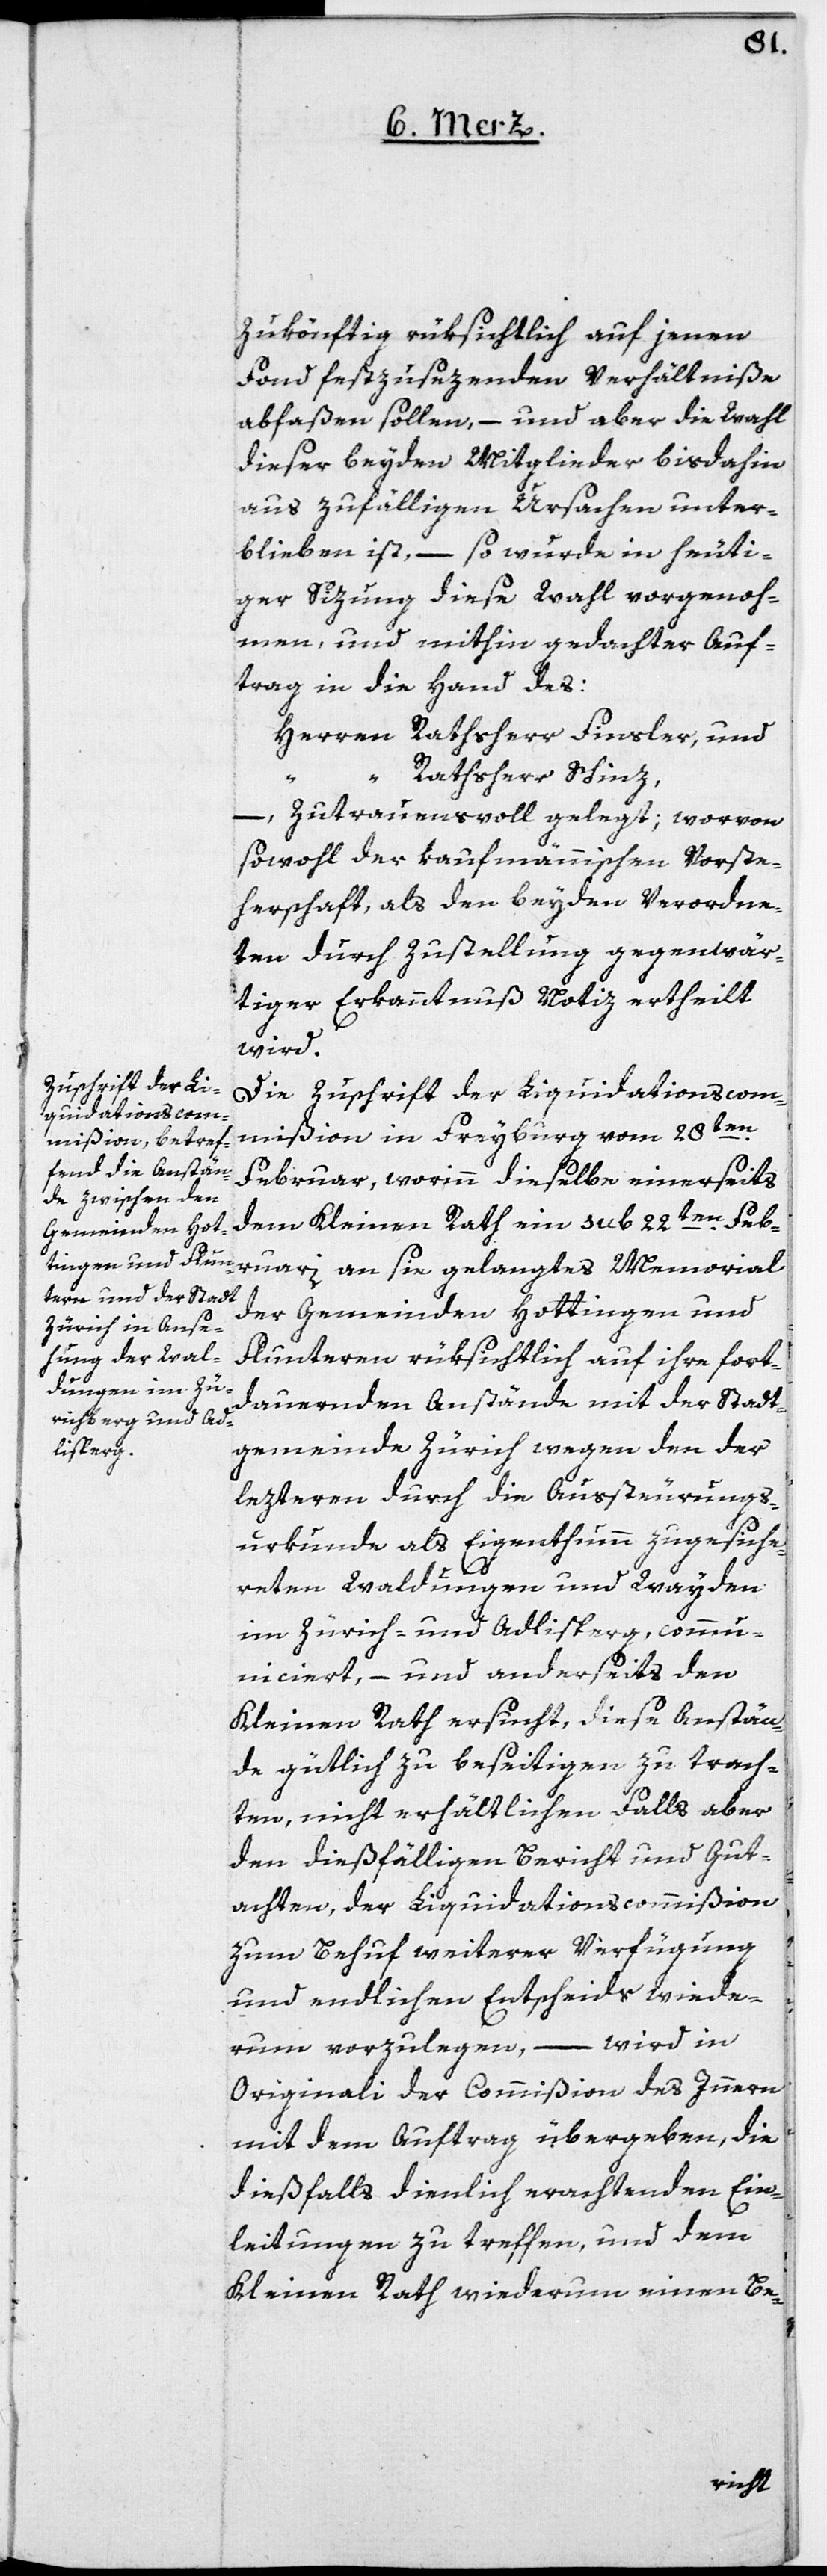
zukönftig rüksichtlich auf jenen
Fonds festzusezenden Verhältniße
abfaßen sollen, – und aber die Wahl
dieser beyden Mitglieder bisdahin
aus zufälligen Ursachen unter¬
blieben ist, – so wurde in heuti¬
ger Sizung diese Wahl vorgenom¬
men, und mithin gedachter Auf¬
trag in die Hand des:
Herren Rathsherr Finsler, und
Rathsherr Schinz
– zutrauensvoll gelegt; worvon
sowohl der kaufmännischen Vorste¬
herschaft als den beyden Verordne¬
ten durch Zustellung gegenwär¬
tiger Erkanntnuß Notiz ertheilt
wird.
Die Zuschrift der Liquidationscom¬
mißion in Freyburg vom 28ten
Februar, worinn dieselbe einerseits
dem Kleinen Rath ein sub 22ten Feb¬
ruari an sie gelangtes Memorial
der Gemeinden Hottingen und
Fluntern rüksichtlich auf ihre fort¬
dauernden Anstände mit der Stadt¬
gemeinde Zürich wegen den der
lezteren durch die Aussteurungs¬
urkunde als Eigenthum zugesiche¬
rten Waldungen und Wayden
im Zürich- und Adlisperg, commu¬
niciert, – und anderseits den
Kleinen Rath ersucht, diese Anstän¬
de gütlich zu beseitigen zu trach¬
ten, nicht erhältlichen falls aber
den dießfälligen Bericht und Gut¬
achten, der Liquidationscommißion
zum Behuf weiterer Verfügung
und endlichen Entscheids wiede¬
wird in
rum vorzulegen, –
Originali der Commißion des Innern
mit dem Auftrag übergeben, die
dießfalls dienlich erachtenden Ein¬
leitungen zu treffen, und dem
Kleinen Rath wiederum einen Be-